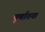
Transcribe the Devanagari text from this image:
पूर्णातया